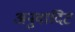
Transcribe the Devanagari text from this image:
अनुवादिट